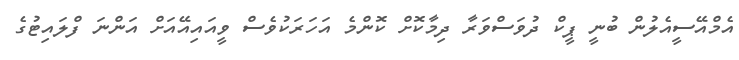
އެމްއޭސީއެލުން ބުނީ ޕީކް ދުވަސްވަރާ ދިމާކޮށް ކޮންމެ އަހަރަކުވެސް ވީއައިއޭއަށް އަންނަ ފްލައިޓުގެ